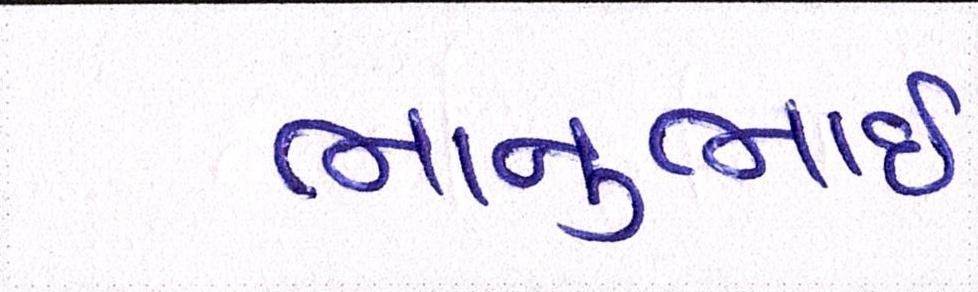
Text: ભાનુભાઈ